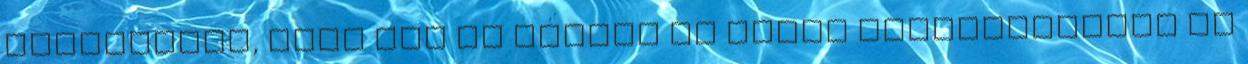
filozófiát, mert itt is jobban el tudok vonatkoztatni az